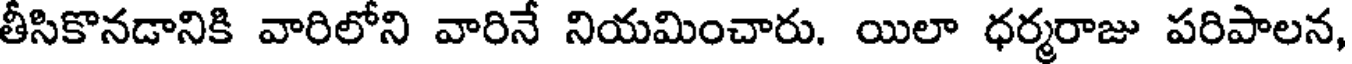
తీసికొనడానికి వారిలోని వారినే నియమించారు. యిలా ధర్మరాజు పరిపాలన,